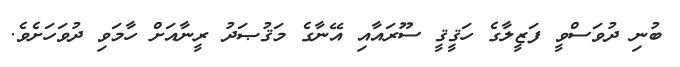
ބުނި ދުވަސްވީ ފަޒީލާގެ ހަޤީޤީ ސޫރައާއި އޭނާގެ މަޤުޞަދު ރީނާއަށް ހާމަވި ދުވަހަށެވެ.